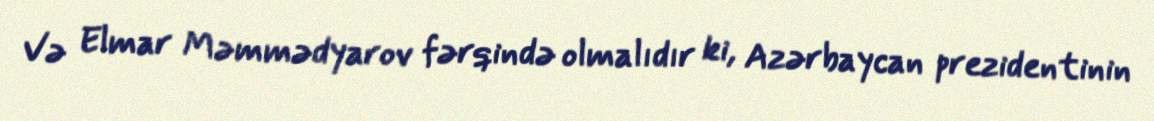
Və Elmar Məmmədyarov fərqində olmalıdır ki, Azərbaycan prezidentinin